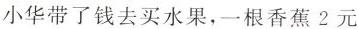
小华带了钱去买水果，一根香蕉2元